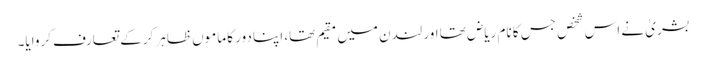
بشریٰ نے اس شخص جس کا نام ریاض تھا اور لندن میں مقیم تھا، اپنا دور کا ماموں ظاہر کرکے تعارف کروایا۔